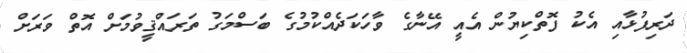
ދަރިފުޅާއި އެކު ފޮތްކިޔުން އެއީ އޭނާގެ ވާހަކަދެއްކުމުގެ ބަސްމަގު ތަރައްޤީވުމަށް އޮތް ވަރަށް